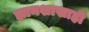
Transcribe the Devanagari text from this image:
ज्ञानशाखाही